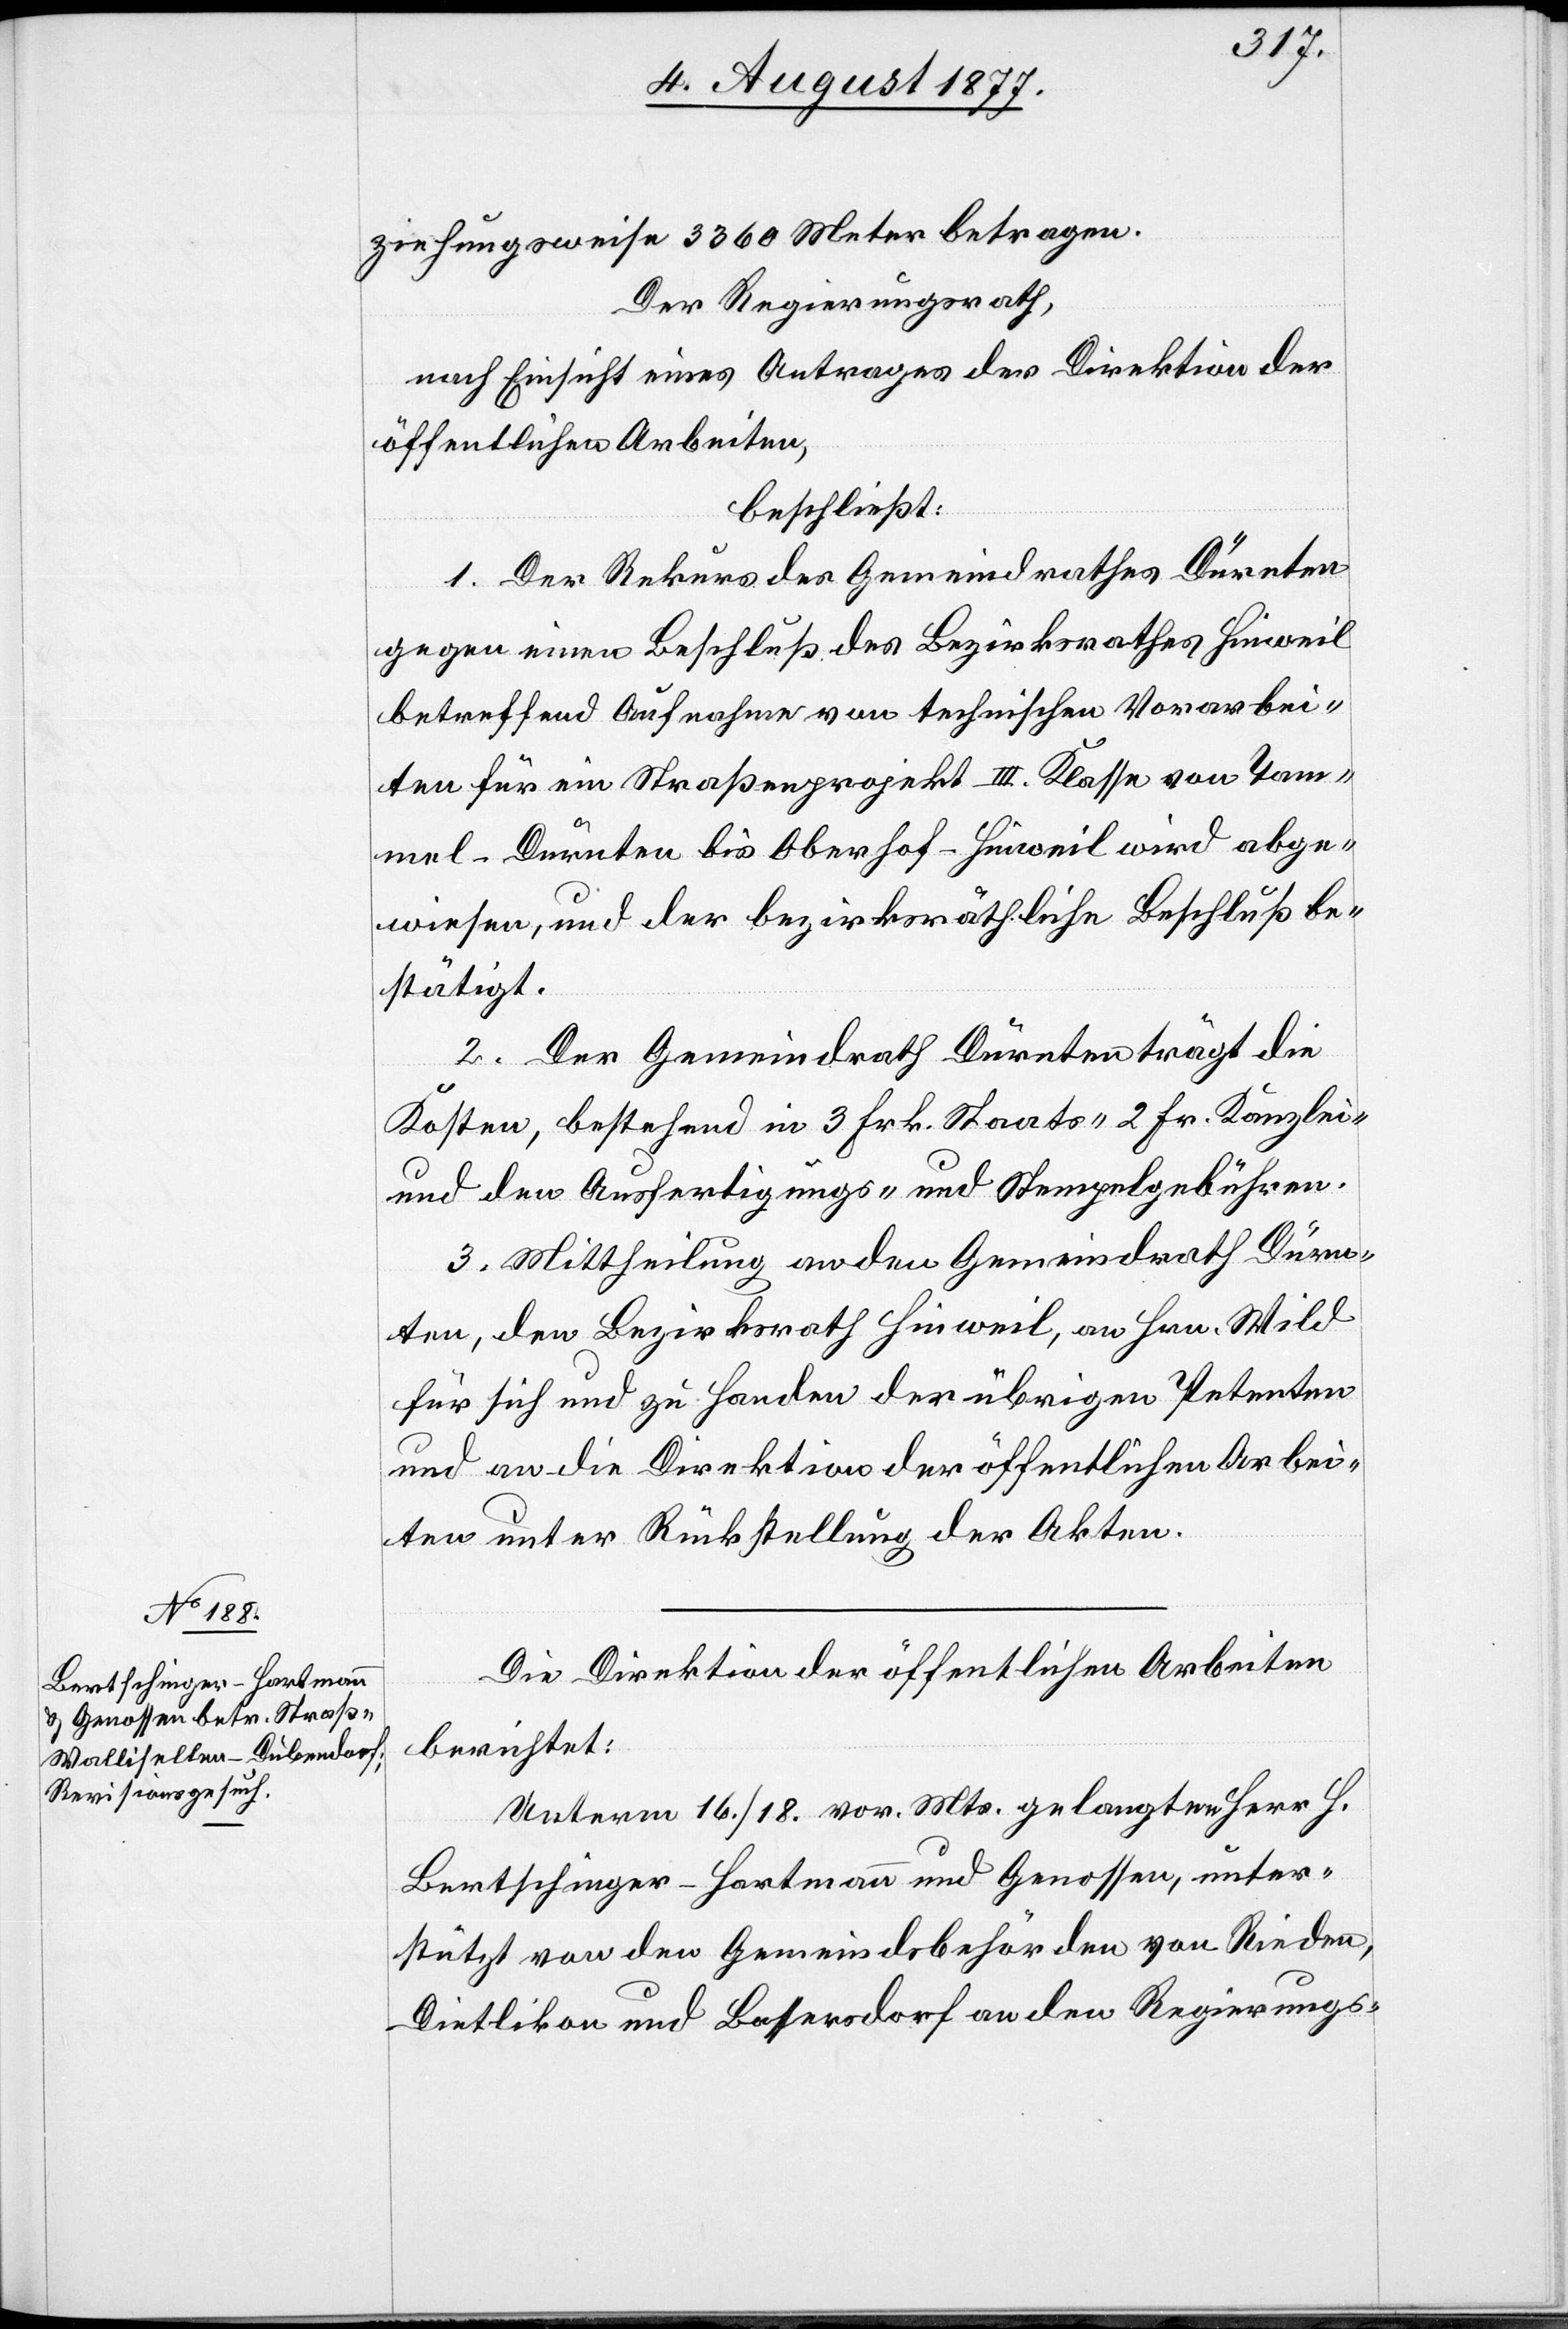
ziehungsweise 3360 Meter betragen.
Der Regierungsrath,
nach Einsicht eines Antrages der Direktion der
öffentlichen Arbeiten,
beschließt:
1. Der Rekurs des Gemeindrathes Dürnten
gegen einen Beschluß des Bezirksrathes Hinweil
betreffend Aufnahme von technischen Vorarbei¬
ten für ein Straßenprojekt III. Klasse von Tam¬
mel - Dürnten bis Oberhof - Hinweil wird abge¬
wiesen, und der bezirksräthliche Beschluß be¬
stätigt.
2. Der Gemeindrath Dürnten trägt die
Kosten, bestehend in 3 Frk. Staats-[,] 2 Fr. Kanzlei-
und den Ausfertigungs- und Stempelgebühren.
3. Mittheilung an den Gemeindrath Dürn¬
ten, den Bezirksrath Hinweil, an Hrn. Wild
für sich und zu Handen der übrigen Petenten
und an die Direktion der öffentlichen Arbei¬
ten unter Rückstellung der Akten.
Die Direktion der öffentlichen Arbeiten
berichtet:
Unterm 16./18. vor. Mts. gelangten Herr H.
Bertschinger-Hartmann und Genossen, unter¬
stützt von den Gemeindsbehörden von Rieden,
Dietlikon und Basserdorf an den Regierungs-